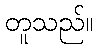
တူသည်။